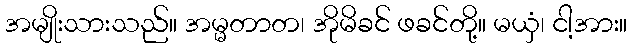
အမျိုးသားသည်။ အမ္မတာတ၊ အိုမိခင် ဖခင်တို့။ မယှံ၊ ငါ့အား။